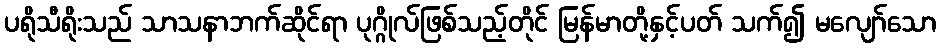
ပရိုသီရိုးသည် သာသနာဘက်ဆိုင်ရာ ပုဂ္ဂိုလ်ဖြစ်သည့်တိုင် မြန်မာတို့နှင့်ပတ် သက်၍ မလျော်သော